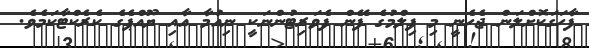
ފާހަގަކޮށްލަން ޖެހެނީ މި ފިލްމުގެ ފޭން ފެވަރިޓުންނަކީ ނިއުމާ އާއި ޔޫއްޕެގެ ކެރެކްޓާކަމެވެ.